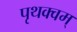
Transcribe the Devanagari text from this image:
पृथक्वम्